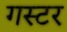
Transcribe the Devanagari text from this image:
गस्टर